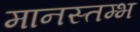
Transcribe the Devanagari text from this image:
मानस्तम्भ